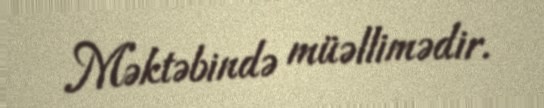
Məktəbində müəllimədir.